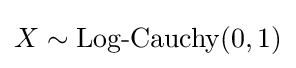
X\sim \operatorname {Log-Cauchy} (0,1)